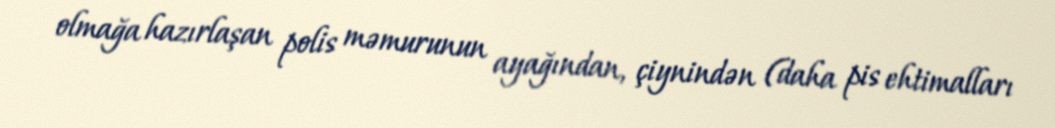
olmağa hazırlaşan polis məmurunun ayağından, çiynindən (daha pis ehtimalları